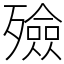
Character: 殮